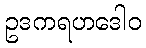
ဥဒကရဟဒေါဝ